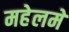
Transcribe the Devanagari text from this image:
महेलमे